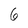
Character: 6